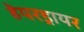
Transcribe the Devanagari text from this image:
हेयरड्रायर